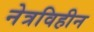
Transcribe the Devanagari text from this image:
नेत्रविहीन